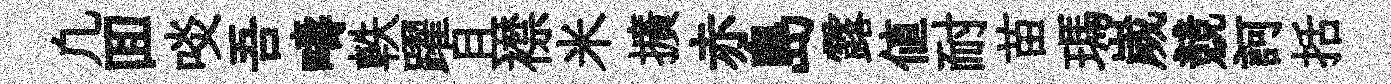
凢囬啖吾疇軼躍且襟米擴赤島露値耐苗瑪嵗競訶括